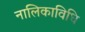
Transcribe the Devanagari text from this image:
नालिकाविधि